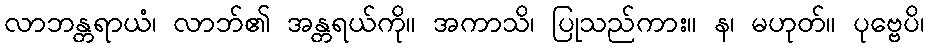
လာဘန္တရာယံ၊ လာဘ်၏ အန္တရယ်ကို။ အကာသိ၊ ပြုသည်ကား။ န၊ မဟုတ်။ ပုဗ္ဗေပိ၊